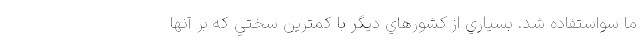
ما سواستفاده شد. بسياري از كشورهاي ديگر با كمترين سختي كه بر آنها